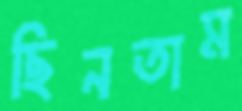
ছিনতাম